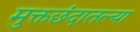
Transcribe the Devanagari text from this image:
मुक्तछंदातल्या